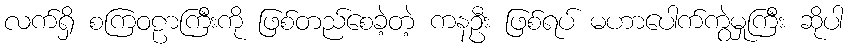
လက်ရှိ စကြဝဠာကြီးကို ဖြစ်တည်စေခဲ့တဲ့ ကနဦး ဖြစ်ရပ် မဟာပေါက်ကွဲမှုကြီး ဆိုပါ